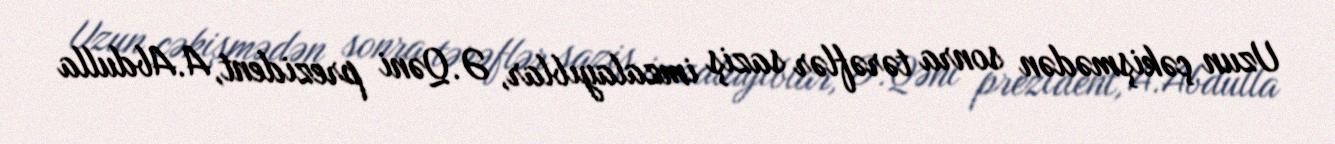
Uzun çəkişmədən sonra tərəflər saziş imzalayıblar, Ə.Qəni prezident, A.Abdulla